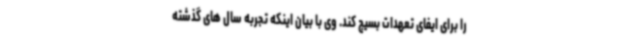
را برای ایفای تعهدات بسیج کند. وی با بیان اینکه تجربه سال های گذشته